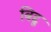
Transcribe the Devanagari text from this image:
बिद्दू